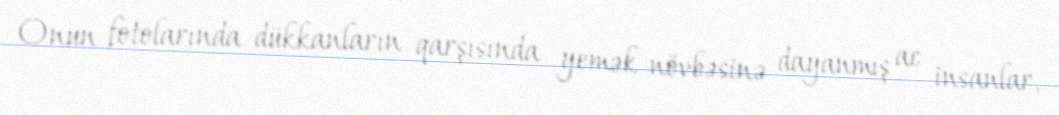
Onun fotolarında dükkanların qarşısında yemək növbəsinə dayanmış ac insanlar,